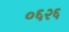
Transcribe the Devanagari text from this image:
०६२६